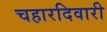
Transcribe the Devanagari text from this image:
चहारदिवारी